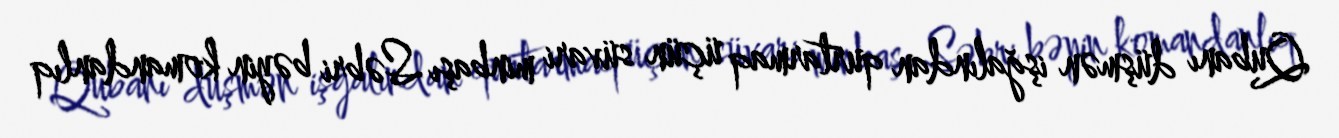
Qubanı düşmən işğalından qurtarmaq üçün süvari minbaşı Səbri bəyin komandanlıq